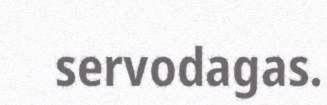
servodagas.